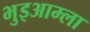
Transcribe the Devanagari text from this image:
भुइआम्ला